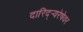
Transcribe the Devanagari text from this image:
दारिद्र्‍यरेषेवर